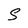
Character: S